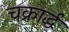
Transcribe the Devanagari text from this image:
चक्रार्द्ध